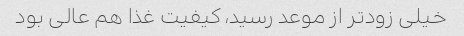
خیلی زودتر از موعد رسید، کیفیت غذا هم عالی بود